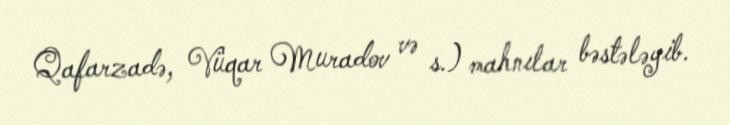
Qafarzadə, Vüqar Muradov və s.) mahnılar bəstələyib.